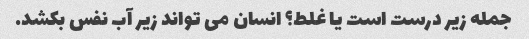
جمله زیر درست است یا غلط؟ انسان می تواند زیر آب نفس بکشد.